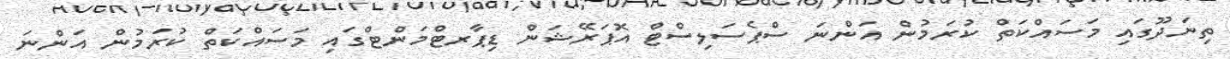
ތިނަދޫގައި މަސައްކަތް ކުރަމުން އަންނަ ސްޕެސަލިސްޓް އޮޕަރޭޝަން ޑިޕާރޓްމަންޓްގައި މަސައްކަތް ކުރަމުން އަންނަ